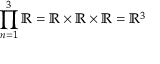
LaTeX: \prod _ { n = 1 } ^ { 3 } { \mathbb { R } } = \mathbb { R } \times \mathbb { R } \times \mathbb { R } = \mathbb { R } ^ { 3 }